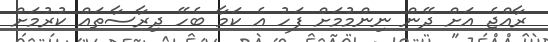
ރާއްޖެ އަށް ދޭން ނިންމުމަށް ފަހު އެ ކަމާ ބެހޭ ދިރާސާތައް ކުރުމަށް